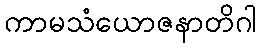
ကာမသံယောဇနာတိဂါ